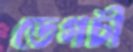
ডেগচী